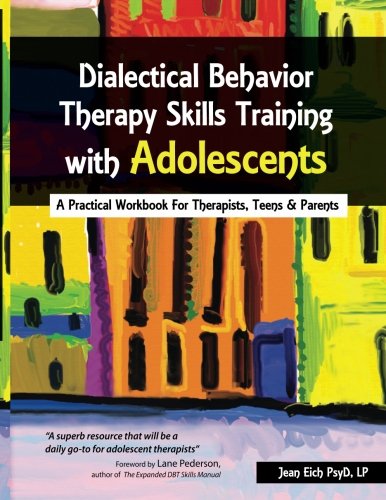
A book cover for Dialectical Behavior Therapy Skills Training with Adolescents; Jean Eich; Medical Books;